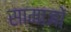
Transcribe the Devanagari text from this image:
सामाजों